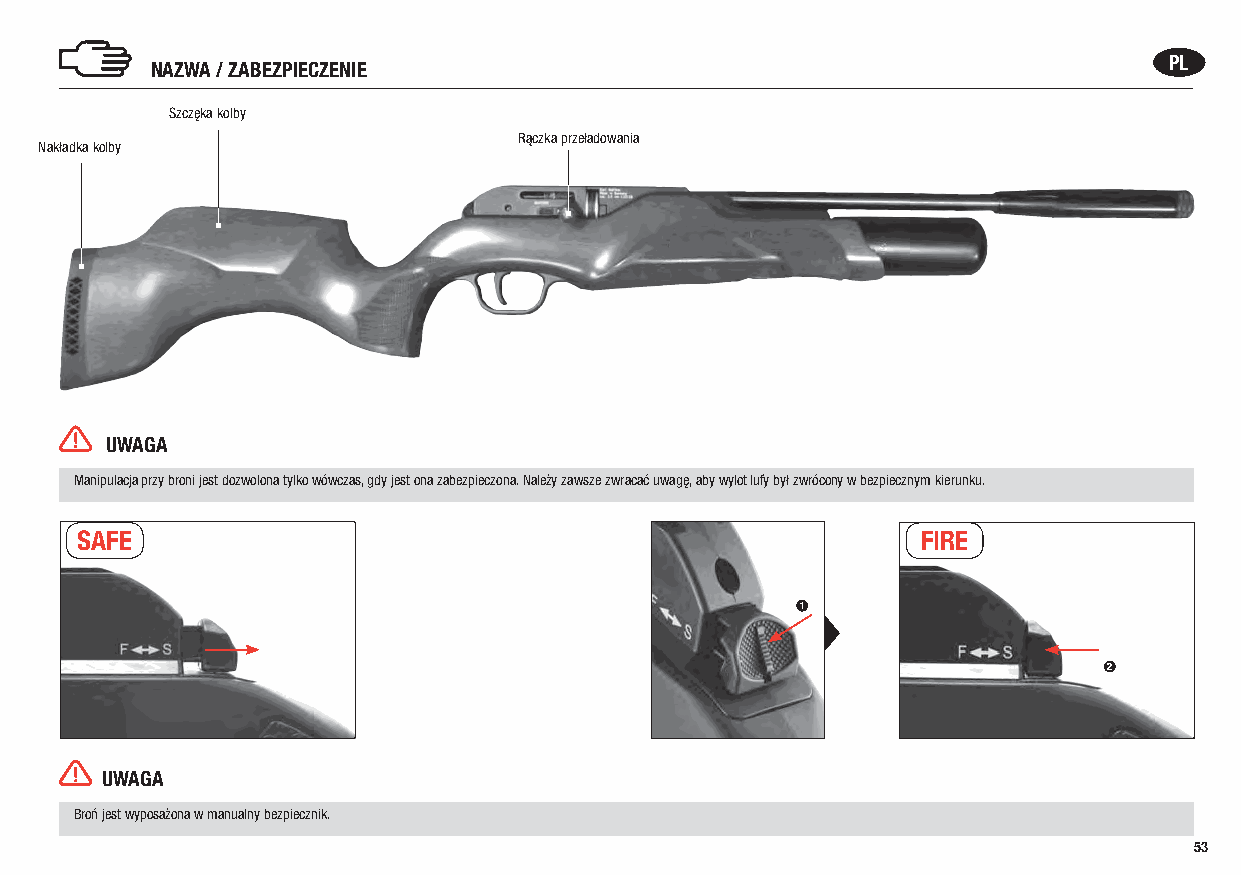
PL
 NAZWA / ZABEZPIECZENIE
 Szczęka kolby
 Rączka przeładowania
 Nakładka kolby
 UWAGA
 Manipulacja przy broni jest dozwolona tylko wówczas, gdy jest ona zabezpieczona. Należy zawsze zwracać uwagę, aby wylot lufy był zwrócony w bezpiecznym kierunku.
 SAFE                                                    FIRE
 1
 2
 UWAGA
 Broń jest wyposażona w manualny bezpiecznik.
 53